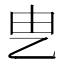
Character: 㐕